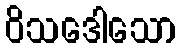
ဝိသဒေါသော